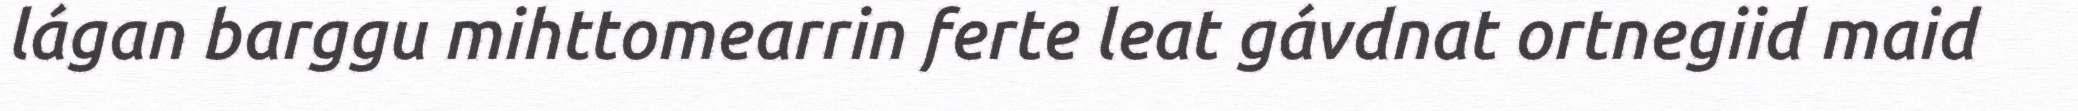
lágan barggu mihttomearrin ferte leat gávdnat ortnegiid maid